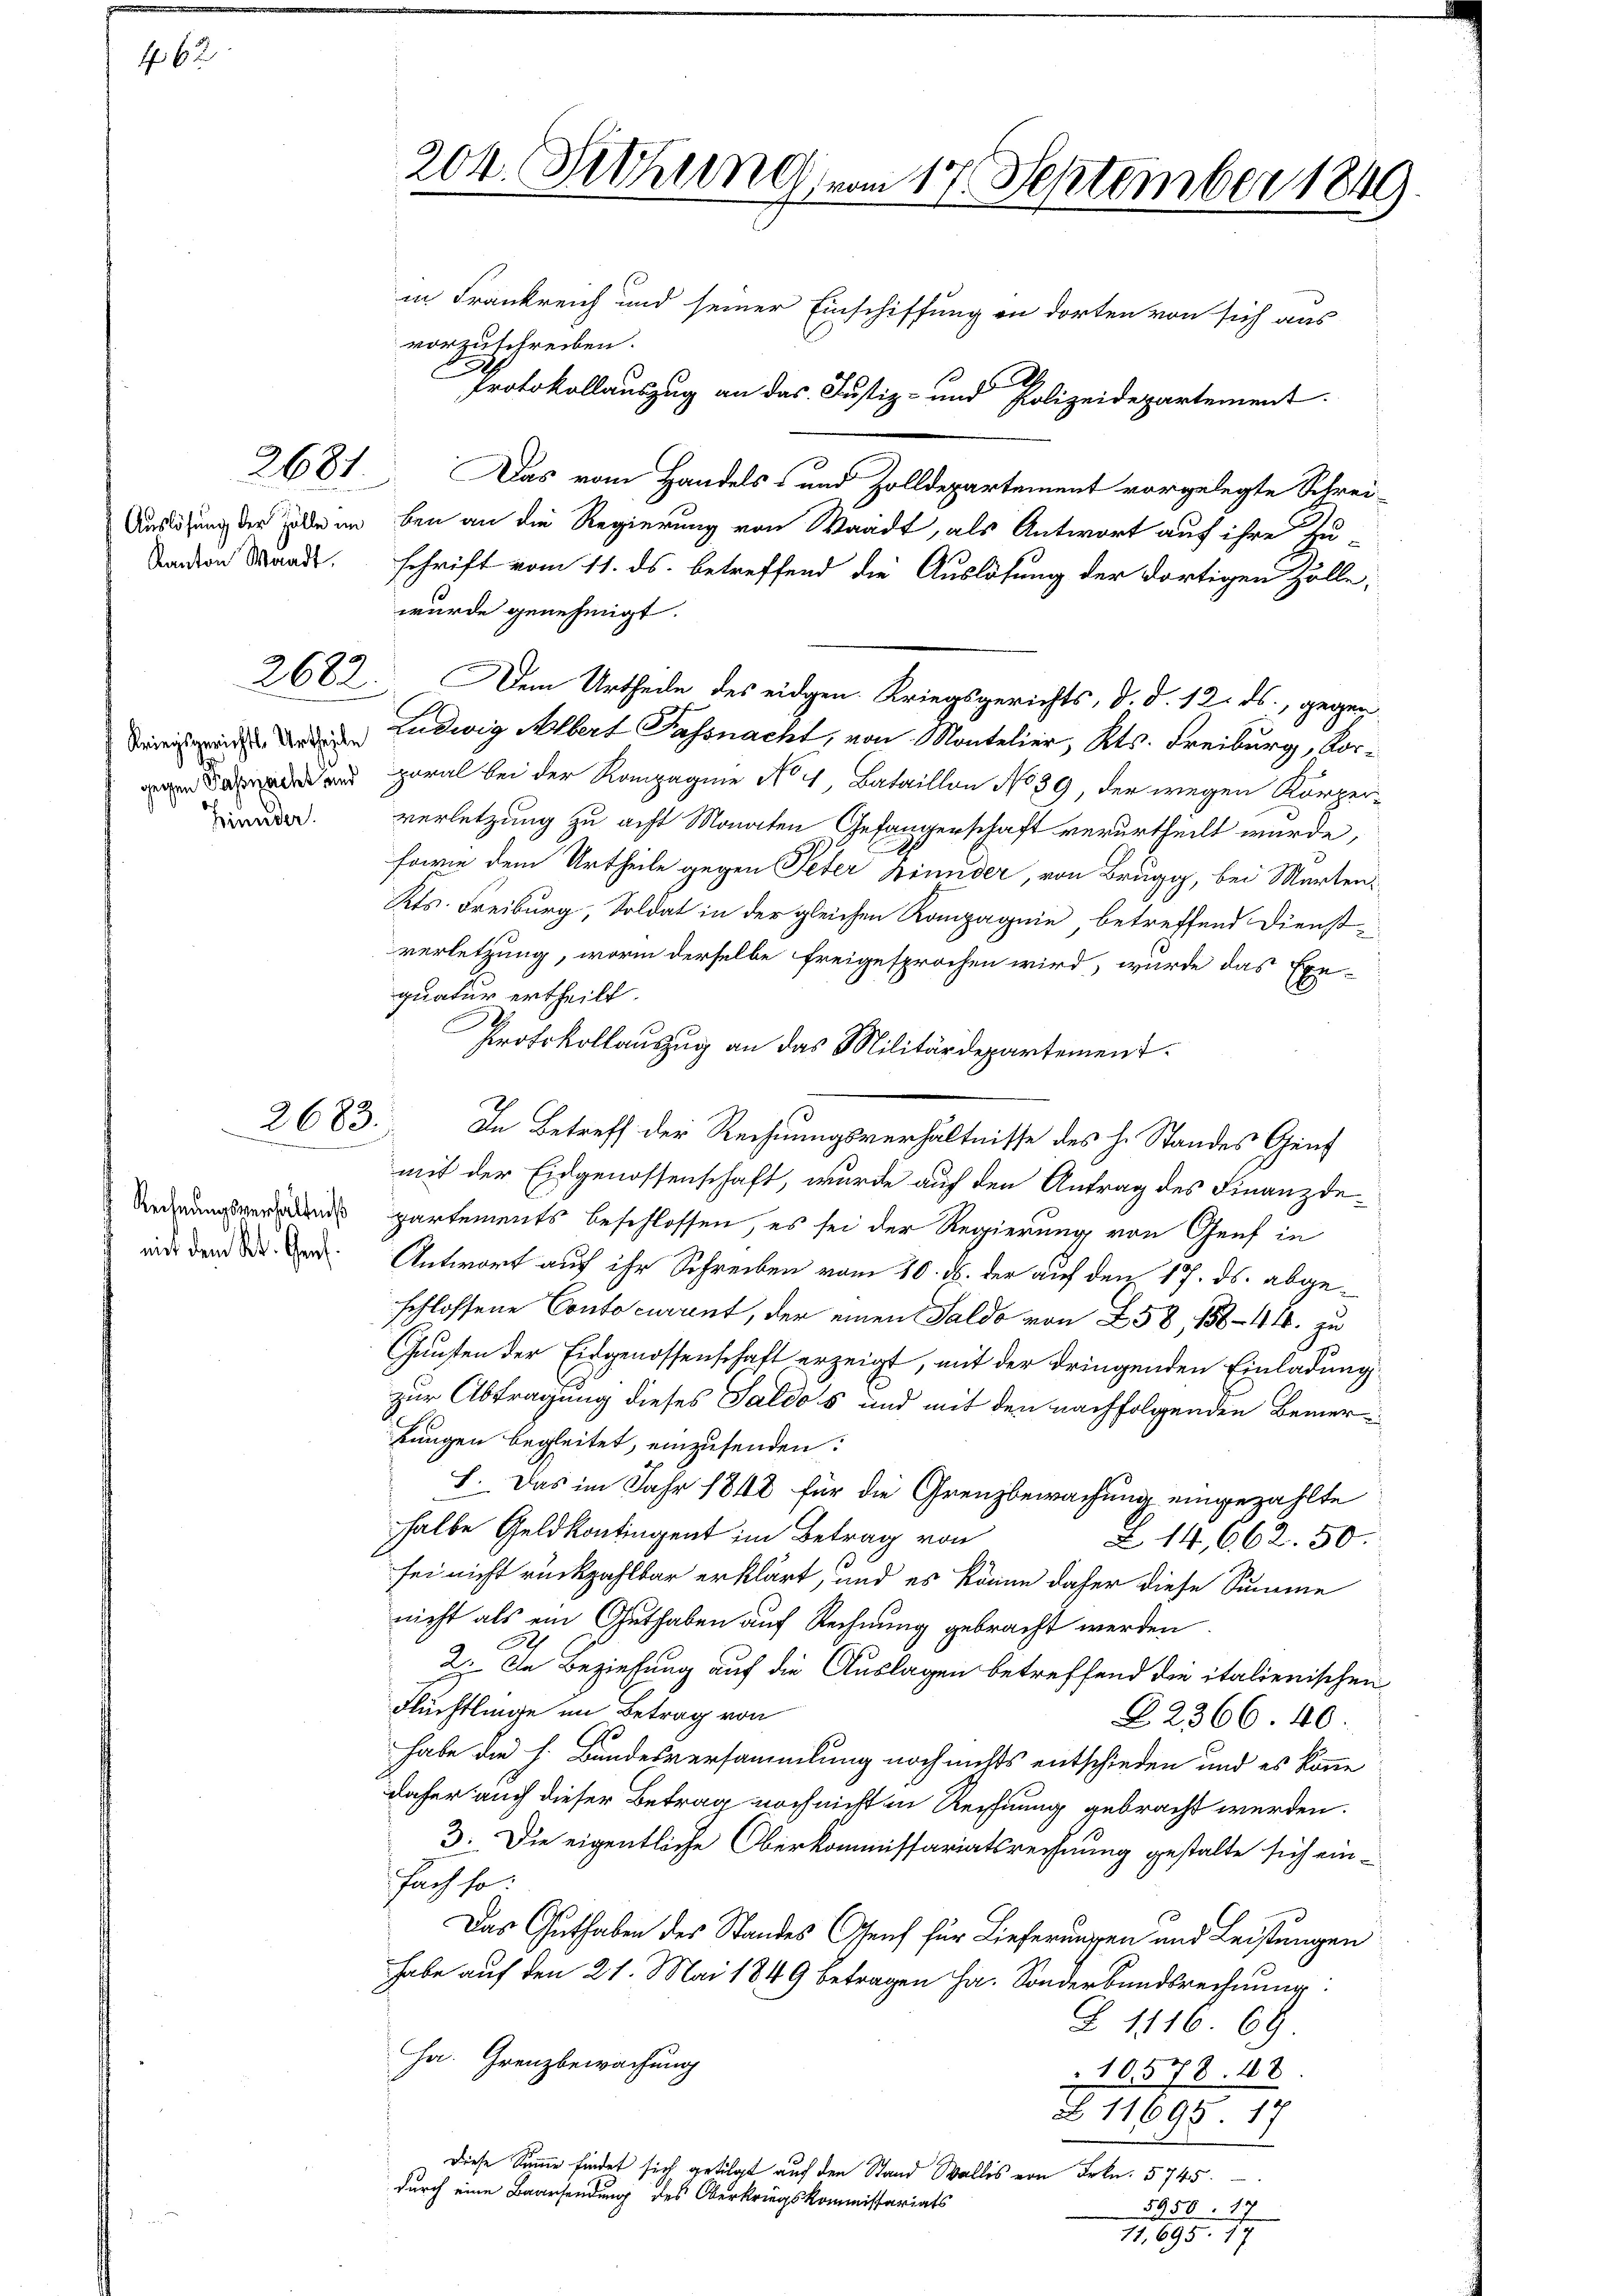
462

2681

Kanton Waadt,

gegen Passreicht und
Hinnder.

2683.
.

Rechnungsverhältniß
mit dem Kt. Genf.

204. Sitzung vom 17. September 1849.
in Frankreich und seiner Einschiffung in dorten von sich aus
vorzuschreiben.
A
Protokollauszug an das Justiz- und Polizeidepartement.

Das vom Handels- und Zolldepartement vorgelegte Schrei-
Auslösung der Tode in bei an die Regierung von Waadt, als Antwort auf ihre Zu-
schrift vom 11. ds. betreffend die Auslösung der dortigen Zölle,
wurde genehmigt.
2682. Dem Urtheile des eidgen. Kriegsgerichts, d. d. 12. ds., gegenied der Ludwig Albert Passnacht, von Montelier, Kts. Freiburg, Korporal bei der Kompagnie No 4, Bataillon No 39, der wegen Körperverletzung zu acht Monaten Gefängerschaft verurtheilt wurde,
sowie dem Urtheile gegen Peter hinnder, von Brugg, bei Marten,
Kts. Freiburg, Soldat in der gleichen Rampagnie betreffend Dienst-
verletzung, worin derselbe freigesprochen wird, wurde das Exe-
quatur ertheilt.
Protokollauszug an das Militärdepartement.
In Betreff der Rechnungsverhältnisse des H. Standes Genf
mit der Eidgenossenschaft, wurde auf den Antrag des Finanzde-
partements beschlossen, es sei der Regierung von Genf in
Antwort auf ihr Schreiben vom 10. ds. der auf den 17. ds. abgeschlossene Conto current, der einen Saldo von 258, 1544. zu
Gunsten der Eidgenossenschaft erzeigt, mit der dringenden Einladung
zur Abtragung dieses Saldos und mit den nachfolgenden Bemerrungen begleitet, einzusenden:
I. Das im Jahr 1848 für die Grenzbewachung eingezahlte
halbe Geldkontingent im Betrag von
Z 14,662. 50.
sei nicht rückzahlbar erklärt, und es könne daher diese Summe
nicht als ein Guthaben auf Rechnung gebracht werden.
2. In Beziehung auf die Auslagen betreffend die italienischen
Flüchtlinge im Betrag von
22366. 40.
habe die h. Bundesversammlung noch nichts entschieden und es könne
daher auch dieser Betrag noch nicht in Rechnung gebracht werden.
3. Die eigentliche Oberkommissariatsrechnung gestalte sich einfach so.
Das Guthaben des Standes Genf für Lieferungen und Leistungen
habe auf den 21. Mai 1849 betragen ha. Sonderbundsrechnung
Z 1116. 69
Ha. Grenzbewachung
10578. 48
Z 11695. 17
Diese Summe findet sich getilgt auf den Stand Wallis von Frkn. 5745.
durch eine Baarsendung des Oberkriegskommissariats
5958. 14

17, 695. 19